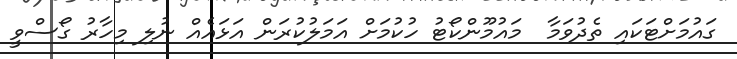
ގައުމަށްޓަކައި ތެދުވަމާ  މައުމޫންކޯޓު ހުކުމަށް އަމަލުކުރަން އަޅައެއް ނުލި މިހާރު ގޯސްވީ